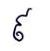
៩